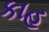
કાહ